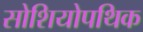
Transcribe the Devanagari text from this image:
सोशियोपथिक